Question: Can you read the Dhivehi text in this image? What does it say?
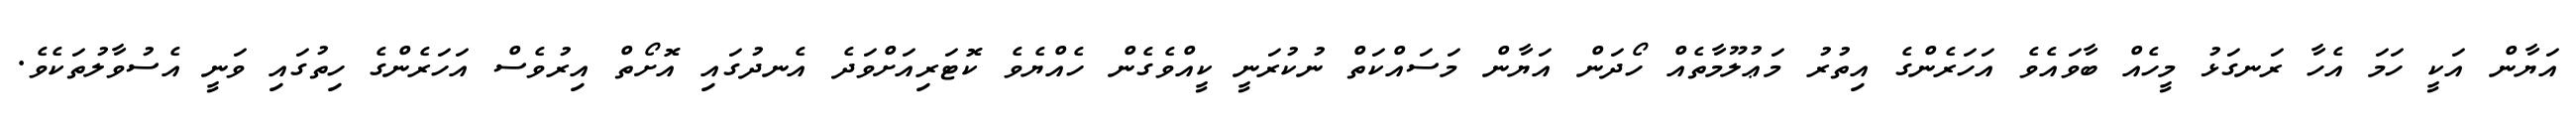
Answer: އަޔާން އަކީ ހަމަ އެހާ ރަނގަޅު މީހެއް ބާވައެވެ އަހަރެންގެ އިތުރު މަޢުލޫމާތެއް ހޯދަން އަޔާން މަސައްކަތް ނުކުރަނީ ކީއްވެގެން ހެއްޔެވެ ކޮޓަރިއަށްވަދެ އެނދުގައި އޮށޯތް އިރުވެސް އަހަރެންގެ ހިތުގައި ވަނީ އެސުވާލުތަކެވެ.